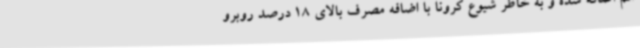
هم اضافه شده و به خاطر شیوع کرونا با اضافه مصرف بالای 18 درصد روبرو